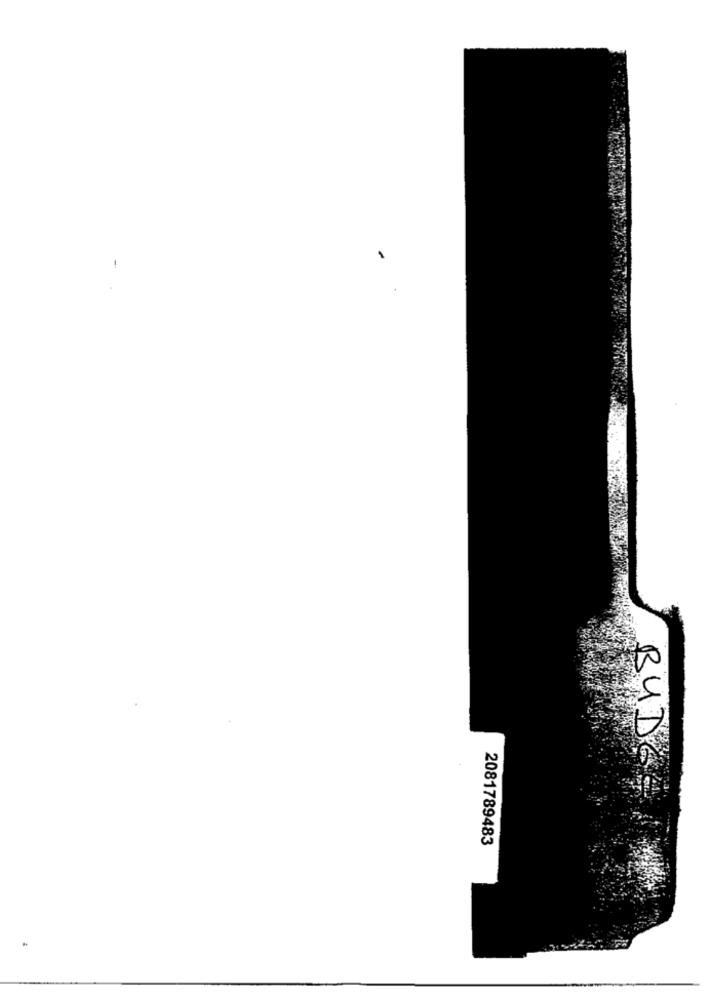
-
BUDES
2081789483